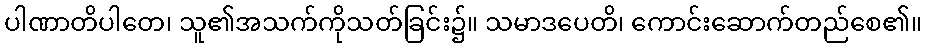
ပါဏာတိပါတေ၊ သူ၏အသက်ကိုသတ်ခြင်း၌။ သမာဒပေတိ၊ ကောင်းဆောက်တည်စေ၏။